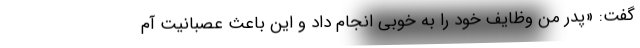
گفت: «پدر من وظایف خود را به خوبی انجام داد و این باعث عصبانیت آم